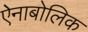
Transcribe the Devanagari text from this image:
ऐनाबोलिक